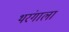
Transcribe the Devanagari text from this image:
थरंगाला